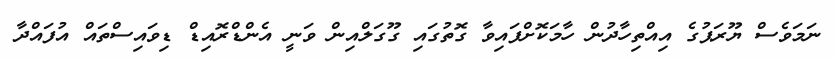
ނަމަވެސް ޔޫރަޕުގެ އިއްތިހާދުން ހާމަކޮށްފައިވާ ގޮތުގައި ގޫގަލްއިން ވަނީ އެންޑްރޮއިޑް ޑިވައިސްތައް އުފައްދާ